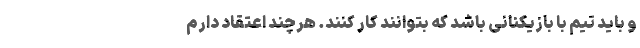
و باید تیم با بازیکنانی باشد که بتوانند کار کنند. هرچند اعتقاد دارم